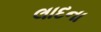
લાદના